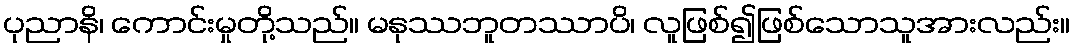
ပုညာနိ၊ ကောင်းမှုတို့သည်။ မနုဿဘူတဿာပိ၊ လူဖြစ်၍ဖြစ်သောသူအားလည်း။